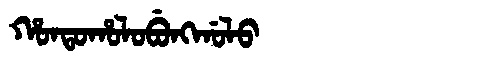
Manchu: ᡥᠣᠨᡨᠣᡥᠣᠯᠣᠪᡠᠩᡤᠣᠯᠣ
Romanization: HONTOHOLOBUNGGOLO